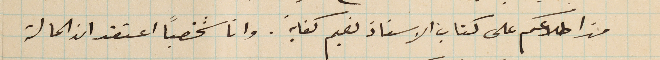
من اطلاعكم على كتاب الاستاذ نعيم كفاية. وانا شخصياً اعتقد ان الحالة